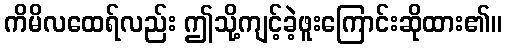
ကိမိလထေရ်လည်း ဤသို့ကျင့်ခဲ့ဖူးကြောင်းဆိုထား၏။